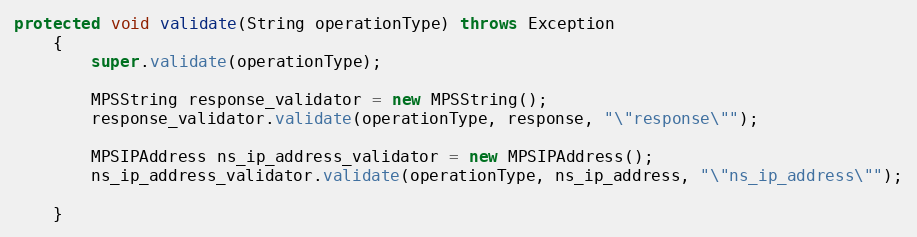
Language: Java
protected void validate(String operationType) throws Exception
	{
		super.validate(operationType);

		MPSString response_validator = new MPSString();
		response_validator.validate(operationType, response, "\"response\"");

		MPSIPAddress ns_ip_address_validator = new MPSIPAddress();
		ns_ip_address_validator.validate(operationType, ns_ip_address, "\"ns_ip_address\"");

	}